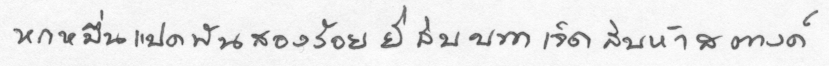
หกหมื่นแปดพันสองร้อยยี่สิบบาทเจ็ดสิบห้าสตางค์